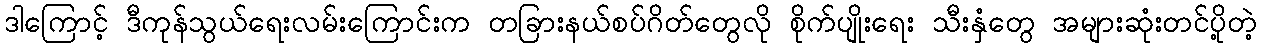
ဒါကြောင့် ဒီကုန်သွယ်ရေးလမ်းကြောင်းက တခြားနယ်စပ်ဂိတ်တွေလို စိုက်ပျိုးရေး သီးနှံတွေ အများဆုံးတင်ပို့တဲ့